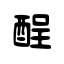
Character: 酲